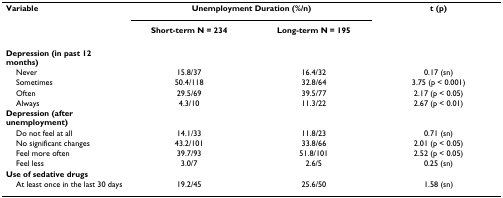
| Variable | <COLSPAN=2> Unemployment Duration (%/n) | t (p) |
 |  | Short-term N = 234 | Long-term N = 195 |  |
 | --- | --- | --- | --- |
 | Depression (in past 12 months) |  |  |  |
 | Never | 15.8/37 | 16.4/32 | 0.17 (sn) |
 | Sometimes | 50.4/118 | 32.8/64 | 3.75 (p < 0.001) |
 | Often | 29.5/69 | 39.5/77 | 2.17 (p < 0.05) |
 | Always | 4.3/10 | 11.3/22 | 2.67 (p < 0.01) |
 | Depression (after unemployment) |  |  |  |
 | Do not feel at all | 14.1/33 | 11.8/23 | 0.71 (sn) |
 | No significant changes | 43.2/101 | 33.8/66 | 2.01 (p < 0.05) |
 | Feel more often | 39.7/93 | 51.8/101 | 2.52 (p < 0.05) |
 | Feel less | 3.0/7 | 2.6/5 | 0.25 (sn) |
 | Use of sedative drugs |  |  |  |
 | At least once in the last 30 days | 19.2/45 | 25.6/50 | 1.58 (sn) |